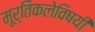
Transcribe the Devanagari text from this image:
मूर्तिकलेविषयी